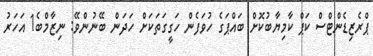
ޕްރެޒިޑެންޓްސް ކަޕް ކާމިޔާބުކޮށް ބައްޕަގެ ހުވަފެން ހަގީގަތަކަށް ހަދަން ބޭނުންވޭ: ނިޒާމްބެ1 އަހަރު